Annual statistical returns and brief notes on vaccination in Bengal - 1909-1929
Year: 1909
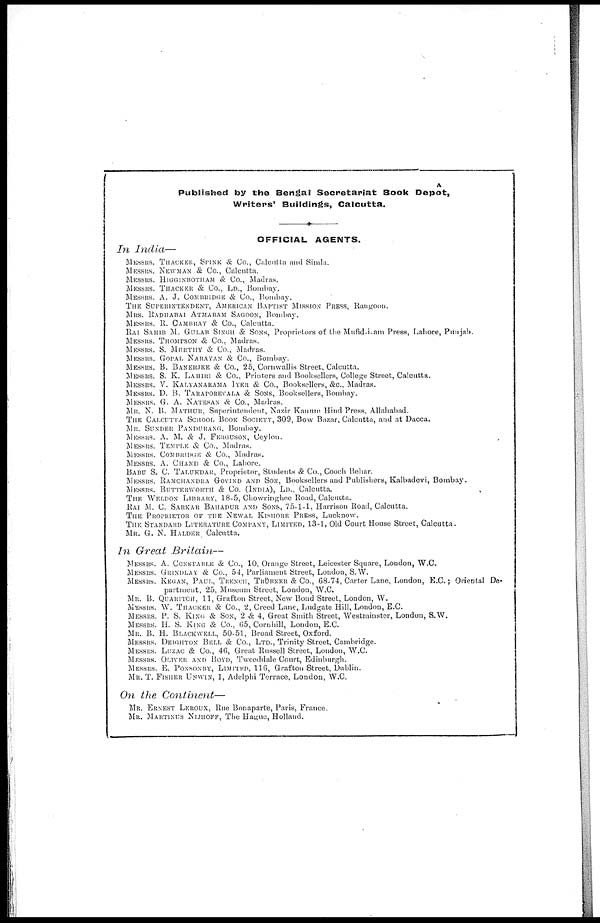
Published by the Bengal Secretariat Book Depôt,
Writers' Buildings, Calcutta.
OFFICIAL AGENTS.
In India—
MESSRS. THACKER, SPINK & Co., Calcutta and Simla.
MESSRS. NEWMAN & Co., Calcutta.
MESSRS. HIGGINBOTHAM & Co., Madras.
MESSRS. THACKER & Co., LD., Bombay.
MESSRS. A. J. COMBRIDGE & Co., Bombay.
THE SUPERINTENDENT, AMERICAN BAPTIST MISSION PRESS, Rangoon.
MRS. RADHABAI ATMARAM SAGOON, Bombay.
MESSRS. R. CAMBRAY & Co., Calcutta.
RAI SAHIB M. GULAB SINGH & SONS, Proprietors of the Mufid-i-am Press, Lahore, Punjab.
MESSRS. THOMPSON & Co., Madras.
MESSRS. S. MURTHY & Co., Madras.
MESSRS. GOPAL NARAYAN & Co., Bombay.
MESSRS. B. BANERJEE & Co., 25, Cornwallis Street, Calcutta.
MESSRS. S. K. LAHIRI & Co., Printers and Booksellers, College Street, Calcutta.
MESSRS. V. KALYANARAMA IYER & Co., Booksellers, &c., Madras.
MESSRS. D. B. TARAPOREVALA & SONS, Booksellers, Bombay.
MESSRS. G. A. NATESAN & Co., Madras.
MR. N. B. MATHUR, Superintendent, Nazir Kanum Hind Press, Allahabad.
THE CALCUTTA SCHOOL BOOK SOCIETY, 309, Bow Bazar, Calcutta, and at Dacca.
MR. SUNDER PANDURANG, Bombay.
MESSRS. A. M. & J. FERGUSON, Ceylon.
MESSRS. TEMPLE & Co., Madras.
MESSRS. COMBRIDGE & Co., Madras.
MESSRS. A. CHAND & Co., Lahore.
BABU S. C. TALUKDAR, Proprietor, Students & Co., Cooch Behar.
MESSRS. RAMCHANDRA GOVIND AND SON, Booksellers and Publishers, Kalbadevi, Bombay.
MESSRS. BUTTERWORTH & Co. (INDIA), LD., Calcutta.
THE WELDON LIBRARY, 18-5, Chowringhee Road, Calcutta.
RAI M. C. SARKAR BAHADUR AND SONS, 75-1-1, Harrison Road, Calcutta.
THE PROPRIETOR OF THE NEWAL KISHORE PRESS, Lucknow.
THE STANDARD LITERATURE COMPANY, LIMITED, 13-1, Old Court House Street, Calcutta.
MR. G. N. HALDER Calcutta.
In Great Britain—
MESSRS. A. CONSTABLE & Co., 10, Orange Street, Leicester Square, London, W.C.
MESSRS. GRINDLAY & Co., 54, Parliament Street, London, S.W.
MESSRS. KEGAN, PAUL, TRENCH, TRÜBNER & Co., 68-74, Carter Lane, London, E.C.; Oriental De-
partment, 25, Museum Street, London, W.C.
MR. B. QUARITCH, 11, Grafton Street, New Bond Street, London, W.
MESSRS. W. THACKER & Co., 2, Creed Lane, Ludgate Hill, London, E.C.
MESSRS. P. S. KING & SON, 2 & 4, Great Smith Street, Westminster, London, S.W.
MESSRS. H. S. KING & Co., 65, Cornhill, London, E.C.
MR. B. H. BLACKWELL, 50-51, Broad Street, Oxford.
MESSRS. DEIGHTON BELL & Co., LTD., Trinity Street, Cambridge.
MESSRS. LUZAC & Co., 46, Great Russell Street, London, W.C.
MESSRS. OLIVER AND BOYD, Tweeddale Court, Edinburgh.
MESSRS. E. PONSONBY, LIMITED, 116, Grafton Street, Dublin.
MR. T. FISHER UNWIN, 1, Adelphi Terrace, London, W.C.
On the Continent—
MR. ERNEST LEROUX, Rue Bonaparte, Paris, France.
MR. MARTINUS NIJHOFF, The Hague, Holland.